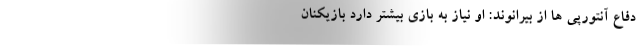
دفاع آنتورپی ها از بیرانوند: او نیاز به بازی بیشتر دارد بازیکنان